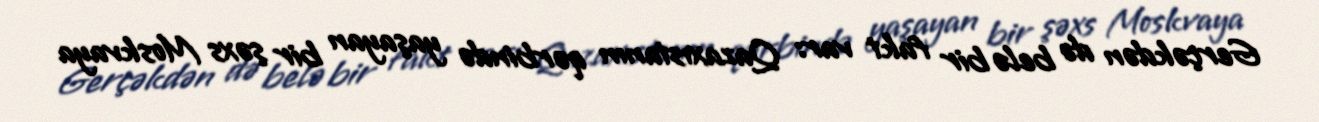
Gerçəkdən də belə bir fakt var: Qazaxıstanın qərbində yaşayan bir şəxs Moskvaya